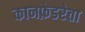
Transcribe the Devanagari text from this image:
कानफ़ेडरेता